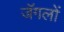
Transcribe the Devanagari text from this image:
जॅगलों